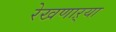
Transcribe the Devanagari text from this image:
रेखणाऱ्या